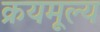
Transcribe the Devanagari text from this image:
क्रयमूल्य